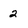
Character: 2